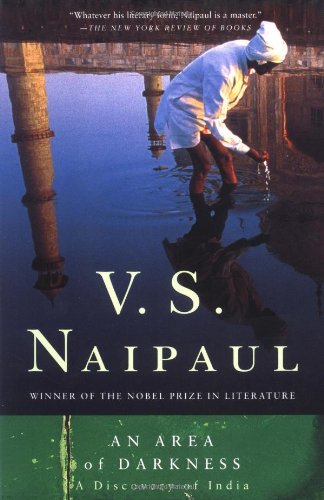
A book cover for An Area of Darkness; V.S. Naipaul; Travel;